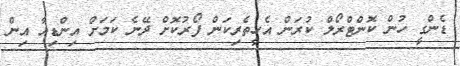
ޑެންގީ ހުން ކޮންޓްރޯލް ކުރަން އެހީތެރިކަން ފޯރުކޮށް ދޭނެ ކަމަށް އިންޑިއާ އިން